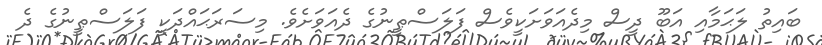
ބައިތު ލަޙަމާއި އަބޫ ދީސް މިދެއަވަށަކީވެސް ފަލަސްޠީނުގެ ދެއަވަށެވެ. މިސަރަޙައްދަކީ ފަލަސްޠީނުގެ ދެ